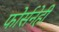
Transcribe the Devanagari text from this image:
फोर्सनेही